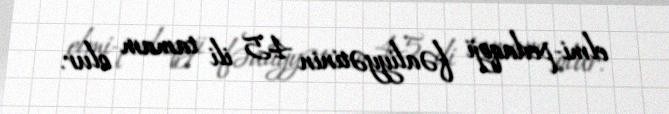
elmi-pedaqoji fəaliyyətinin 45 ili tamam olur.